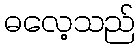
ဓလေ့သည်